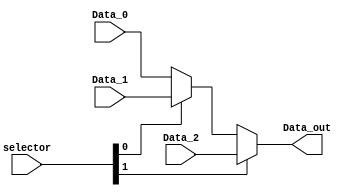
module F_mux_ulaA (
    input  wire    [1:0]   selector,
    input  wire    [31:0]  Data_0,
    input  wire    [31:0]  Data_1,
    input  wire    [31:0]  Data_2, 
    output wire    [31:0]  Data_out 
);

    wire [31:0] W1;

    assign W1       = (selector[0]) ? Data_1 : Data_0;
    assign Data_out = (selector[1]) ? Data_2 : W1;
    
endmodule